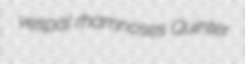
vespal rhamnoses Quinter